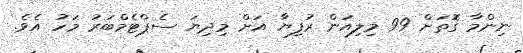
ނިންމާ ގޮަތަށް 99 މިލިއަން ރުފިޔާ އަށް މިދިޔަ ސެޕްޓެމްބަރު މަހު އެވެ.